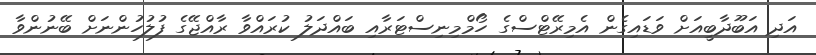
އަދި އަބޫދާބީއަށް ވަޑައިގެން އެމިރޭޓްސްގެ ހޯމްމިނިސްޓަރާއި ބައްދަލު ކުރައްވާ ރާއްޖޭގެ ފުލުހުންނަށް ބޭނުންވާ